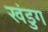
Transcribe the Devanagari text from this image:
खंडुग